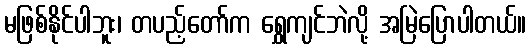
မဖြစ်နိုင်ပါဘူး၊ တပည့်တော်က ရွှေကျင်ဘဲလို့ အမြဲပြောပါတယ်။